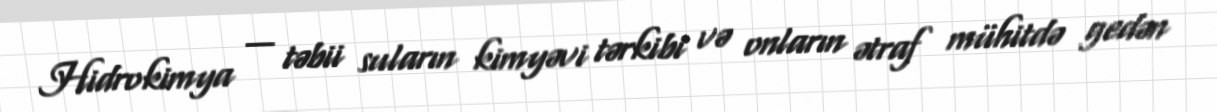
Hidrokimya — təbii suların kimyəvi tərkibi və onların ətraf mühitdə gedən